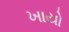
ખાયો